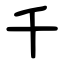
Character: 千